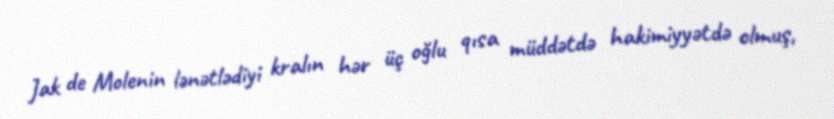
Jak de Molenin lənətlədiyi kralın hər üç oğlu qısa müddətdə hakimiyyətdə olmuş,